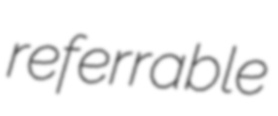
referrable